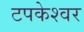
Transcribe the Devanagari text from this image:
टपकेश्‍वर